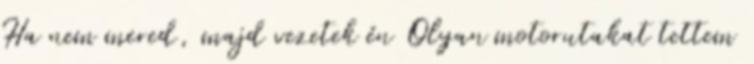
Ha nem mered, majd vezetek én Olyan motorutakat tettem